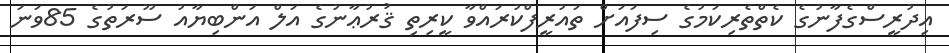
އިދުރީސްގެފާނުގެ ކެތްތެރިކަމުގެ ސިފައަށް ތައުރީފްކުރައްވާ ކީރިތި ޤުރުޢާނުގެ އަލް އަންބިޔާއު ސޫރަތުގެ 85ވަނަ